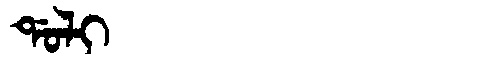
Manchu: ᡩᠣᠯᡳ
Romanization: DOLI